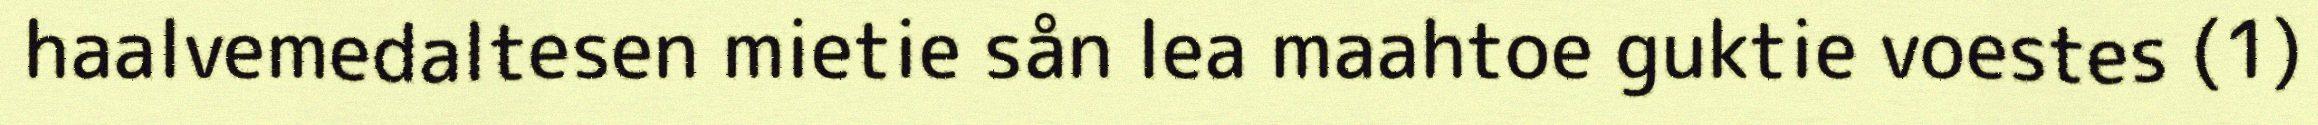
haalvemedaltesen mietie sån lea maahtoe guktie voestes (1)